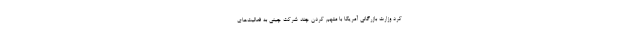
کرد وزارت بازرگانی آمریکا با متهم کردن چند شرکت چینی به فعالیت‌های